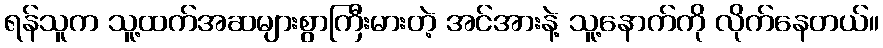
ရန်သူက သူ့ထက်အဆများစွာကြီးမားတဲ့ အင်အားနဲ့ သူ့နောက်ကို လိုက်နေတယ်။